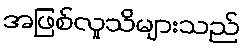
အဖြစ်လူသိများသည်